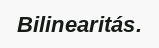
Bilinearitás.